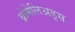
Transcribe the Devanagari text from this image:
ब्रोमेलिअड्स